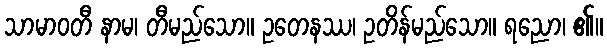
သာမာဝတီ နာမ၊ တီမည်သော။ ဥတေနဿ၊ ဥတိန်မည်သော။ ရညော၊ ၏။